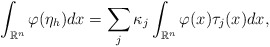
\begin{align*}\int_{\mathbb{R}^n}\varphi(\eta_h)dx = \sum_j\kappa_j\int_{\mathbb{R}^n}\varphi(x)\tau_j(x)dx,\end{align*}